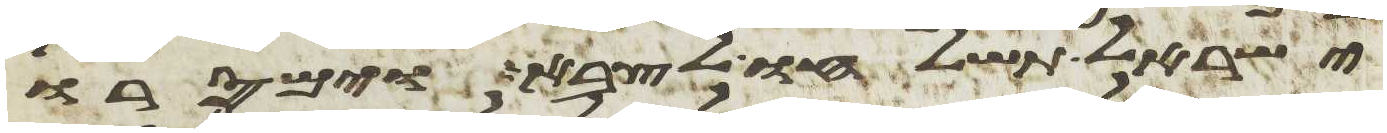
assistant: ישראל תשלחו לצבא וימסרו